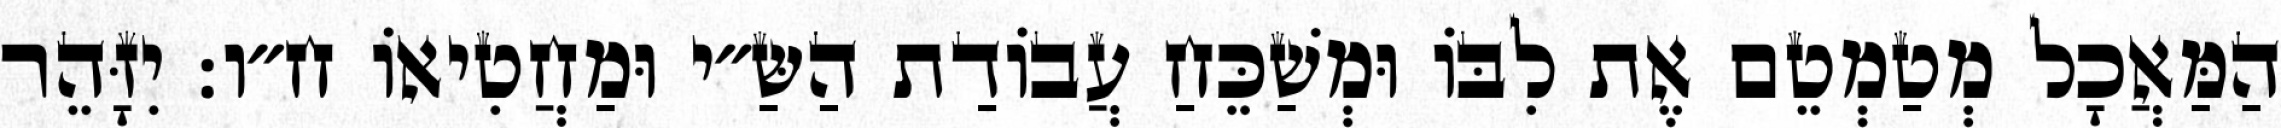
הַמַּאֲכָל מְטַמְטֵם אֶת לִבּוֹ וּמְשַׁכֵּחַ עֲבוֹדַת הַשַּ״י וּמַחֲטִיאוֹ ח״ו: יִזָּהֵר